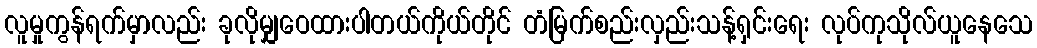
လူမှုကွန်ရက်မှာလည်း ခုလိုမျှဝေထားပါတယ်ကိုယ်တိုင် တံမြက်စည်းလှည်းသန့်ရှင်းရေး လုပ်ကုသိုလ်ယူနေသေ